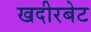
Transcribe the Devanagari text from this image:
खदीरबेट